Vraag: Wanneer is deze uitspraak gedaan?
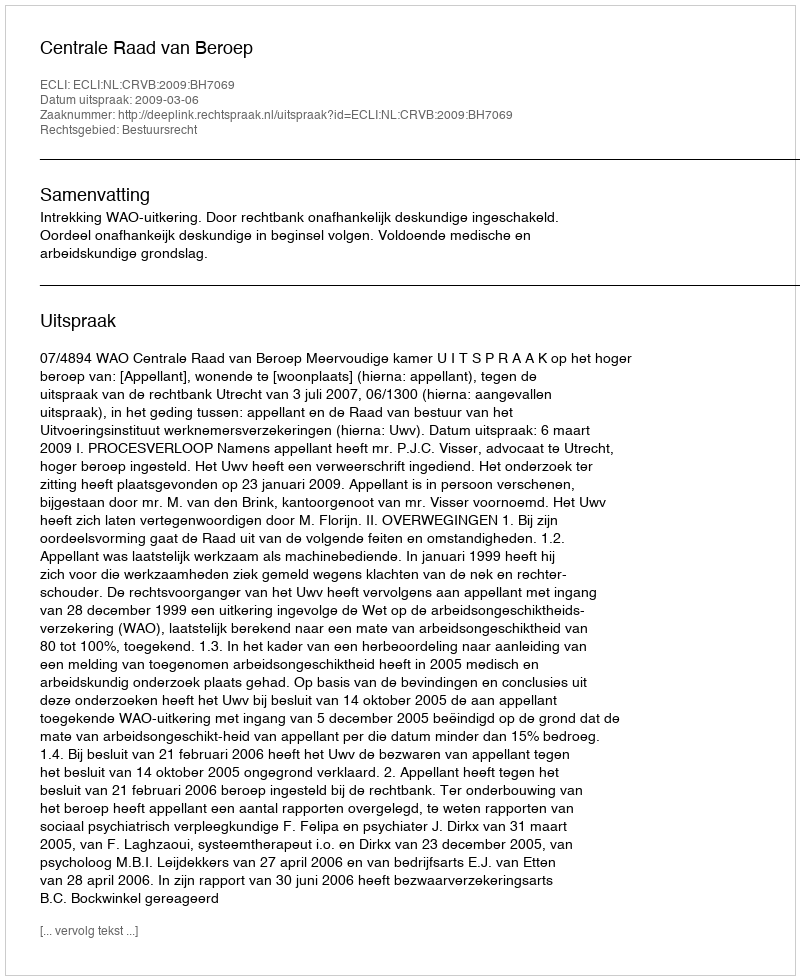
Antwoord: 2009-03-06